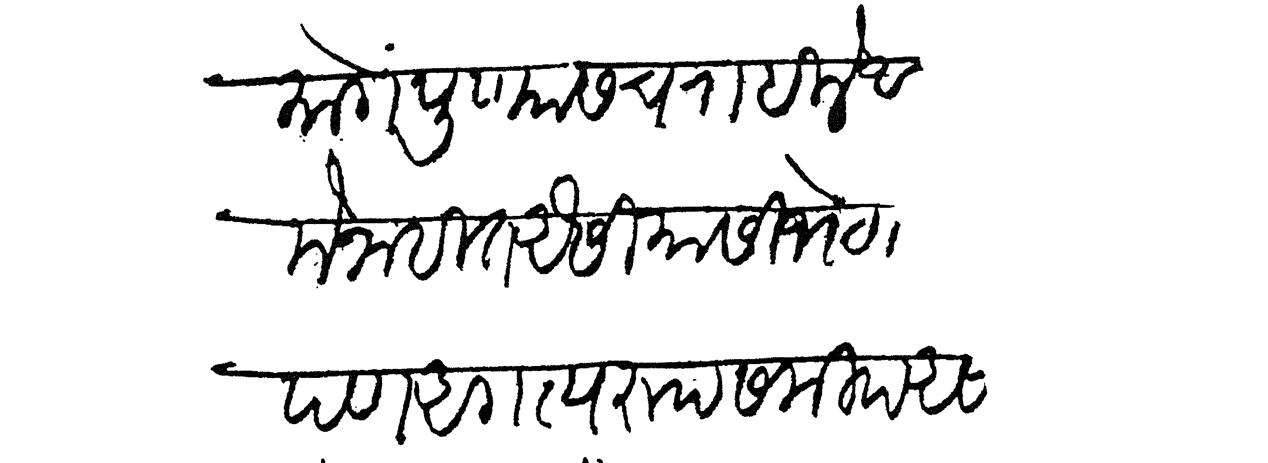
Transliteration (Devanagari): मागें पुण्यासच राहिले आहेत समागमें नाहींत ऐसी यासी भेटीच समई आपण अगत्यरुप समीप असावे आप